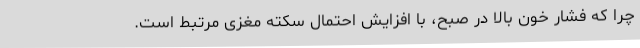
چرا که فشار خون بالا در صبح، با افزایش احتمال سکته مغزی مرتبط است.